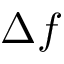
\Delta f